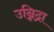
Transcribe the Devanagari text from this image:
उन्निद्रा